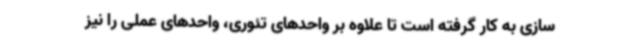
سازی به کار گرفته است تا علاوه بر واحدهای تئوری، واحدهای عملی را نیز